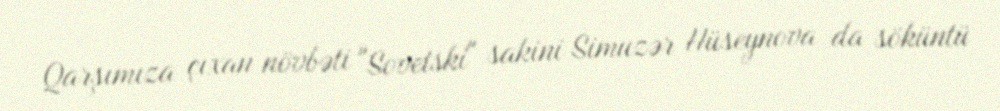
Qarşımıza çıxan növbəti "Sovetski" sakini Simuzər Hüseynova da söküntü